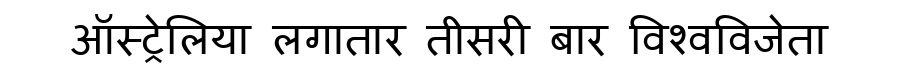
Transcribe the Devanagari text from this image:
ऑस्ट्रेलिया लगातार तीसरी बार विश्वविजेता